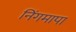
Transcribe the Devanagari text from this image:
निंगमापा